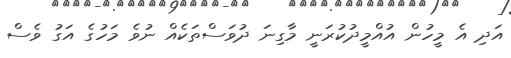
އަދި އެ މީހުން އުއްމީދުކުރަނީ މާގިނަ ދުވަސްތަކެއް ނުވެ މަހުގެ އަގު ވެސް